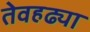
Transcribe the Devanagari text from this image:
तेवहढ्या